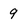
Character: 9